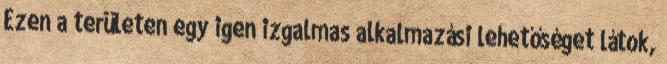
Ezen a területen egy igen izgalmas alkalmazási lehetőséget látok,